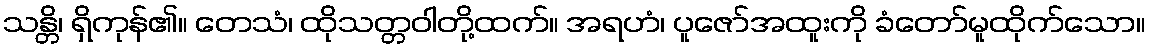
သန္တိ၊ ရှိကုန်၏။ တေသံ၊ ထိုသတ္တဝါတို့ထက်။ အရဟံ၊ ပူဇော်အထူးကို ခံတော်မူထိုက်သော။